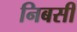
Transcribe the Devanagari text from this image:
निबसी